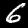
Label: 6